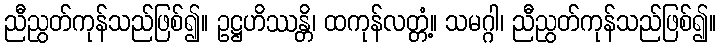
ညီညွတ်ကုန်သည်ဖြစ်၍။ ဥဋ္ဌဟိဿန္တိ၊ ထကုန်လတ္တံ့။ သမဂ္ဂါ၊ ညီညွတ်ကုန်သည်ဖြစ်၍။